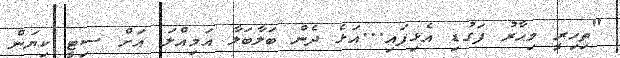
"ތިހިރީ މިހާރު ފަގުޑި އެޅިފައި...އަޅެ ދެން ބަލާބަލާ އަމިއްލަ އަށް ސިޓީ ކިޔަން